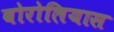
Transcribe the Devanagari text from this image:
बोरोलियास